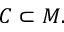
C \subset M .